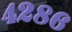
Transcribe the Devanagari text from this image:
४२८६